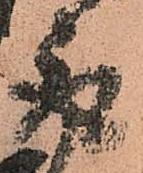
取